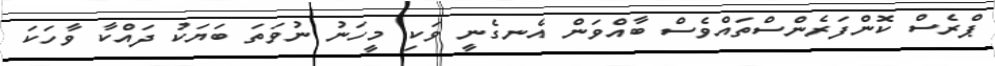
ޕްރެސް ކޮންފަރެންސްތައްވެސް ބާއްވަން އެނގެނީ ވަކި މީހަނު ނުވަތަ ބަޔަކު ދައްކާ ވާހަކަ